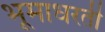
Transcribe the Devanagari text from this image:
भूमाधरती